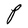
Character: P